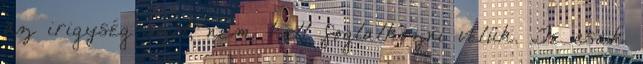
az irigység szól, nem kell foglalkozni velük. Te csak